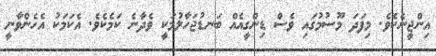
އިންޖީނެކެވެ. މިފަދަ މޫސުމުގައި ވެސް ޑިންގީއެއް ބަނޑުޖަހާލުމަކީ ވެދާނެ ކަމެކެވެ. އެކަމަކު އެހެންވާނީ